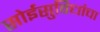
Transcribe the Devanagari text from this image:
सोईसुविधांचा